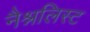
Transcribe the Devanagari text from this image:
नैश्नलिस्ट